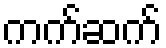
ကက်ဆက်